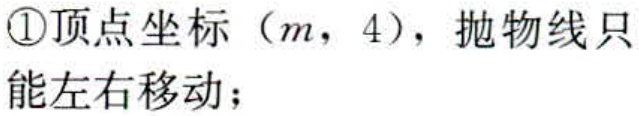
\textcircled{1}顶点坐标（\(m\)，\(4\)），抛物线只能左右移动；